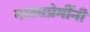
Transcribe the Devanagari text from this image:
नाट्यप्रेमींनी